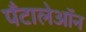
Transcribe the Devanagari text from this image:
पँटालेऑन